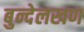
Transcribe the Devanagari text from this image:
बुन्देलखण